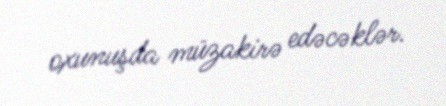
oxunuşda müzakirə edəcəklər.